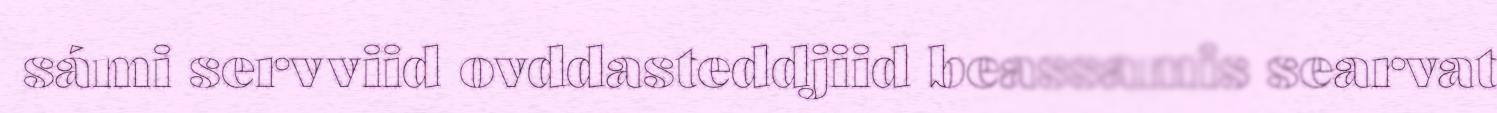
sámi servviid ovddasteddjiid beassamis searvat